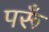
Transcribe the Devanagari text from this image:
परूँ